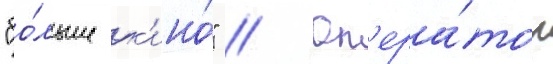
"бо́льше к'ино́" // Оп'ера́тор